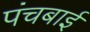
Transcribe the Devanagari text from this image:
पंचबाई